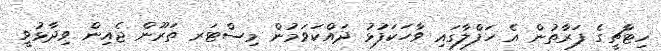
ހިޓާޗީގެ ފަރާތުން އެ ހަފްލާގައި ވާހަކަފުޅު ދައްކަވަމުން މިސްޓަރ ތަރޫން ޖެއިން ވިދާޅުވީ